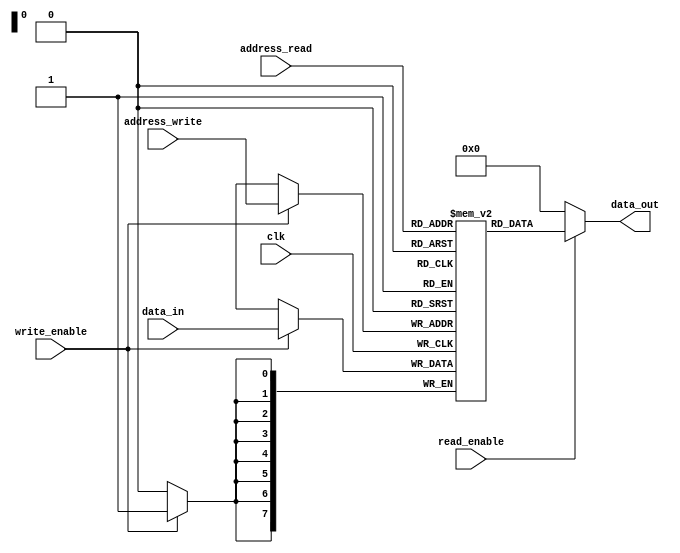
module dual_port_ram (
  input wire clk,
  input wire write_enable,
  input wire read_enable,
  input wire [7:0] data_in,
  input wire [7:0] address_write,
  input wire [7:0] address_read,
  output reg [7:0] data_out
);

reg [7:0] mem [0:255];

always @(posedge clk) begin
  if (write_enable) begin
    mem[address_write] <= data_in;
  end
end

assign data_out = (read_enable) ? mem[address_read] : 8'b0;

endmodule